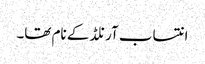
انتساب آرنلڈ کے نام تھا۔